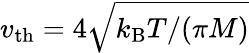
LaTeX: v_{\mathrm{th}}=4\sqrt{k_{\mathrm{B}}T/(\pi M)}